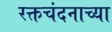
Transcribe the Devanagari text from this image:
रक्तचंदनाच्या